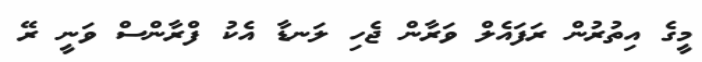
މީގެ އިތުރުން ރަފައެލް ވަރާން ޖެހި ލަނޑާ އެކު ފްރާންސް ވަނީ ރޭ